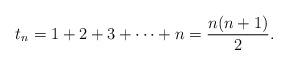
LaTeX: \begin{align*}t_n = 1 + 2 + 3 + \cdots + n = \frac{n(n+1)}{2}. \end{align*}